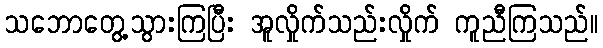
သဘောတွေ့သွားကြပြီး အူလှိုက်သည်းလှိုက် ကူညီကြသည်။